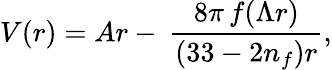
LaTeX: V(r)=Ar-\: \frac{8\pi\, f(\Lambda r)}{(33-2n_{f})r},